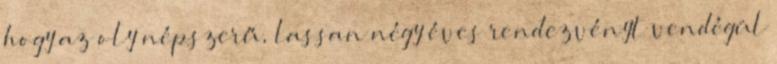
hogy az oly népszerű, lassan négy éves rendezvényt vendégül